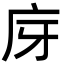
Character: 庌